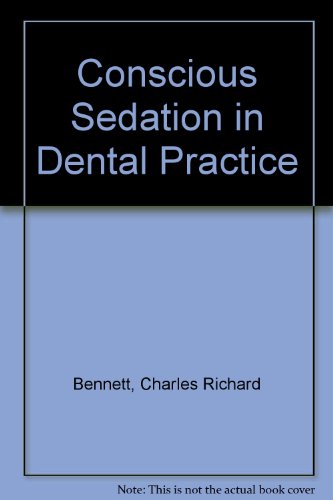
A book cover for Conscious Sedation in Dental Practice; Charles R. Bennett; Medical Books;